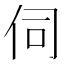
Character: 伺